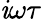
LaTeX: \mathit{i}\omega\tau